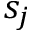
s _ { j }